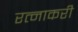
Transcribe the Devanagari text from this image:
रत्नाकरी